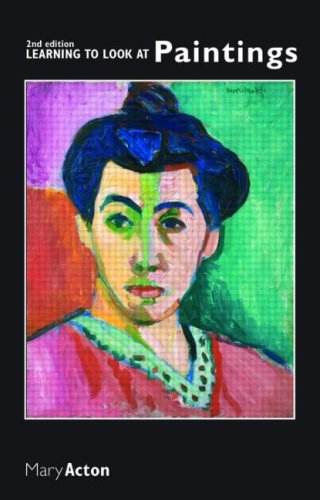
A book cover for Learning to Look at Paintings; Mary Acton; Arts & Photography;